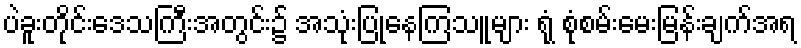
ပဲခူးတိုင်းဒေသကြီးအတွင်း၌ အသုံးပြုနေကြသူများ ရုံ စုံစမ်းမေးမြန်းချက်အရ